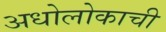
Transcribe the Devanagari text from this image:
अधोलोकाची